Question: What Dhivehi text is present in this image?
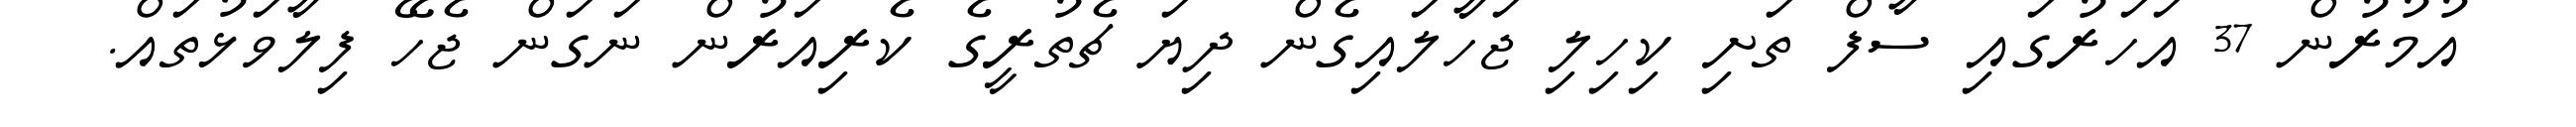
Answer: އުމުރުން 37 އަހަރުގައި ސާފް ތަށި ކިހިލި ޖަހާލައިގެން ދިޔަ ޗެތުރީގެ ކެރިއަރުން ނަގަން ޖެހޭ ފިލާވަޅުތައް.